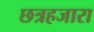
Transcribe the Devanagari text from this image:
छत्रहजारा